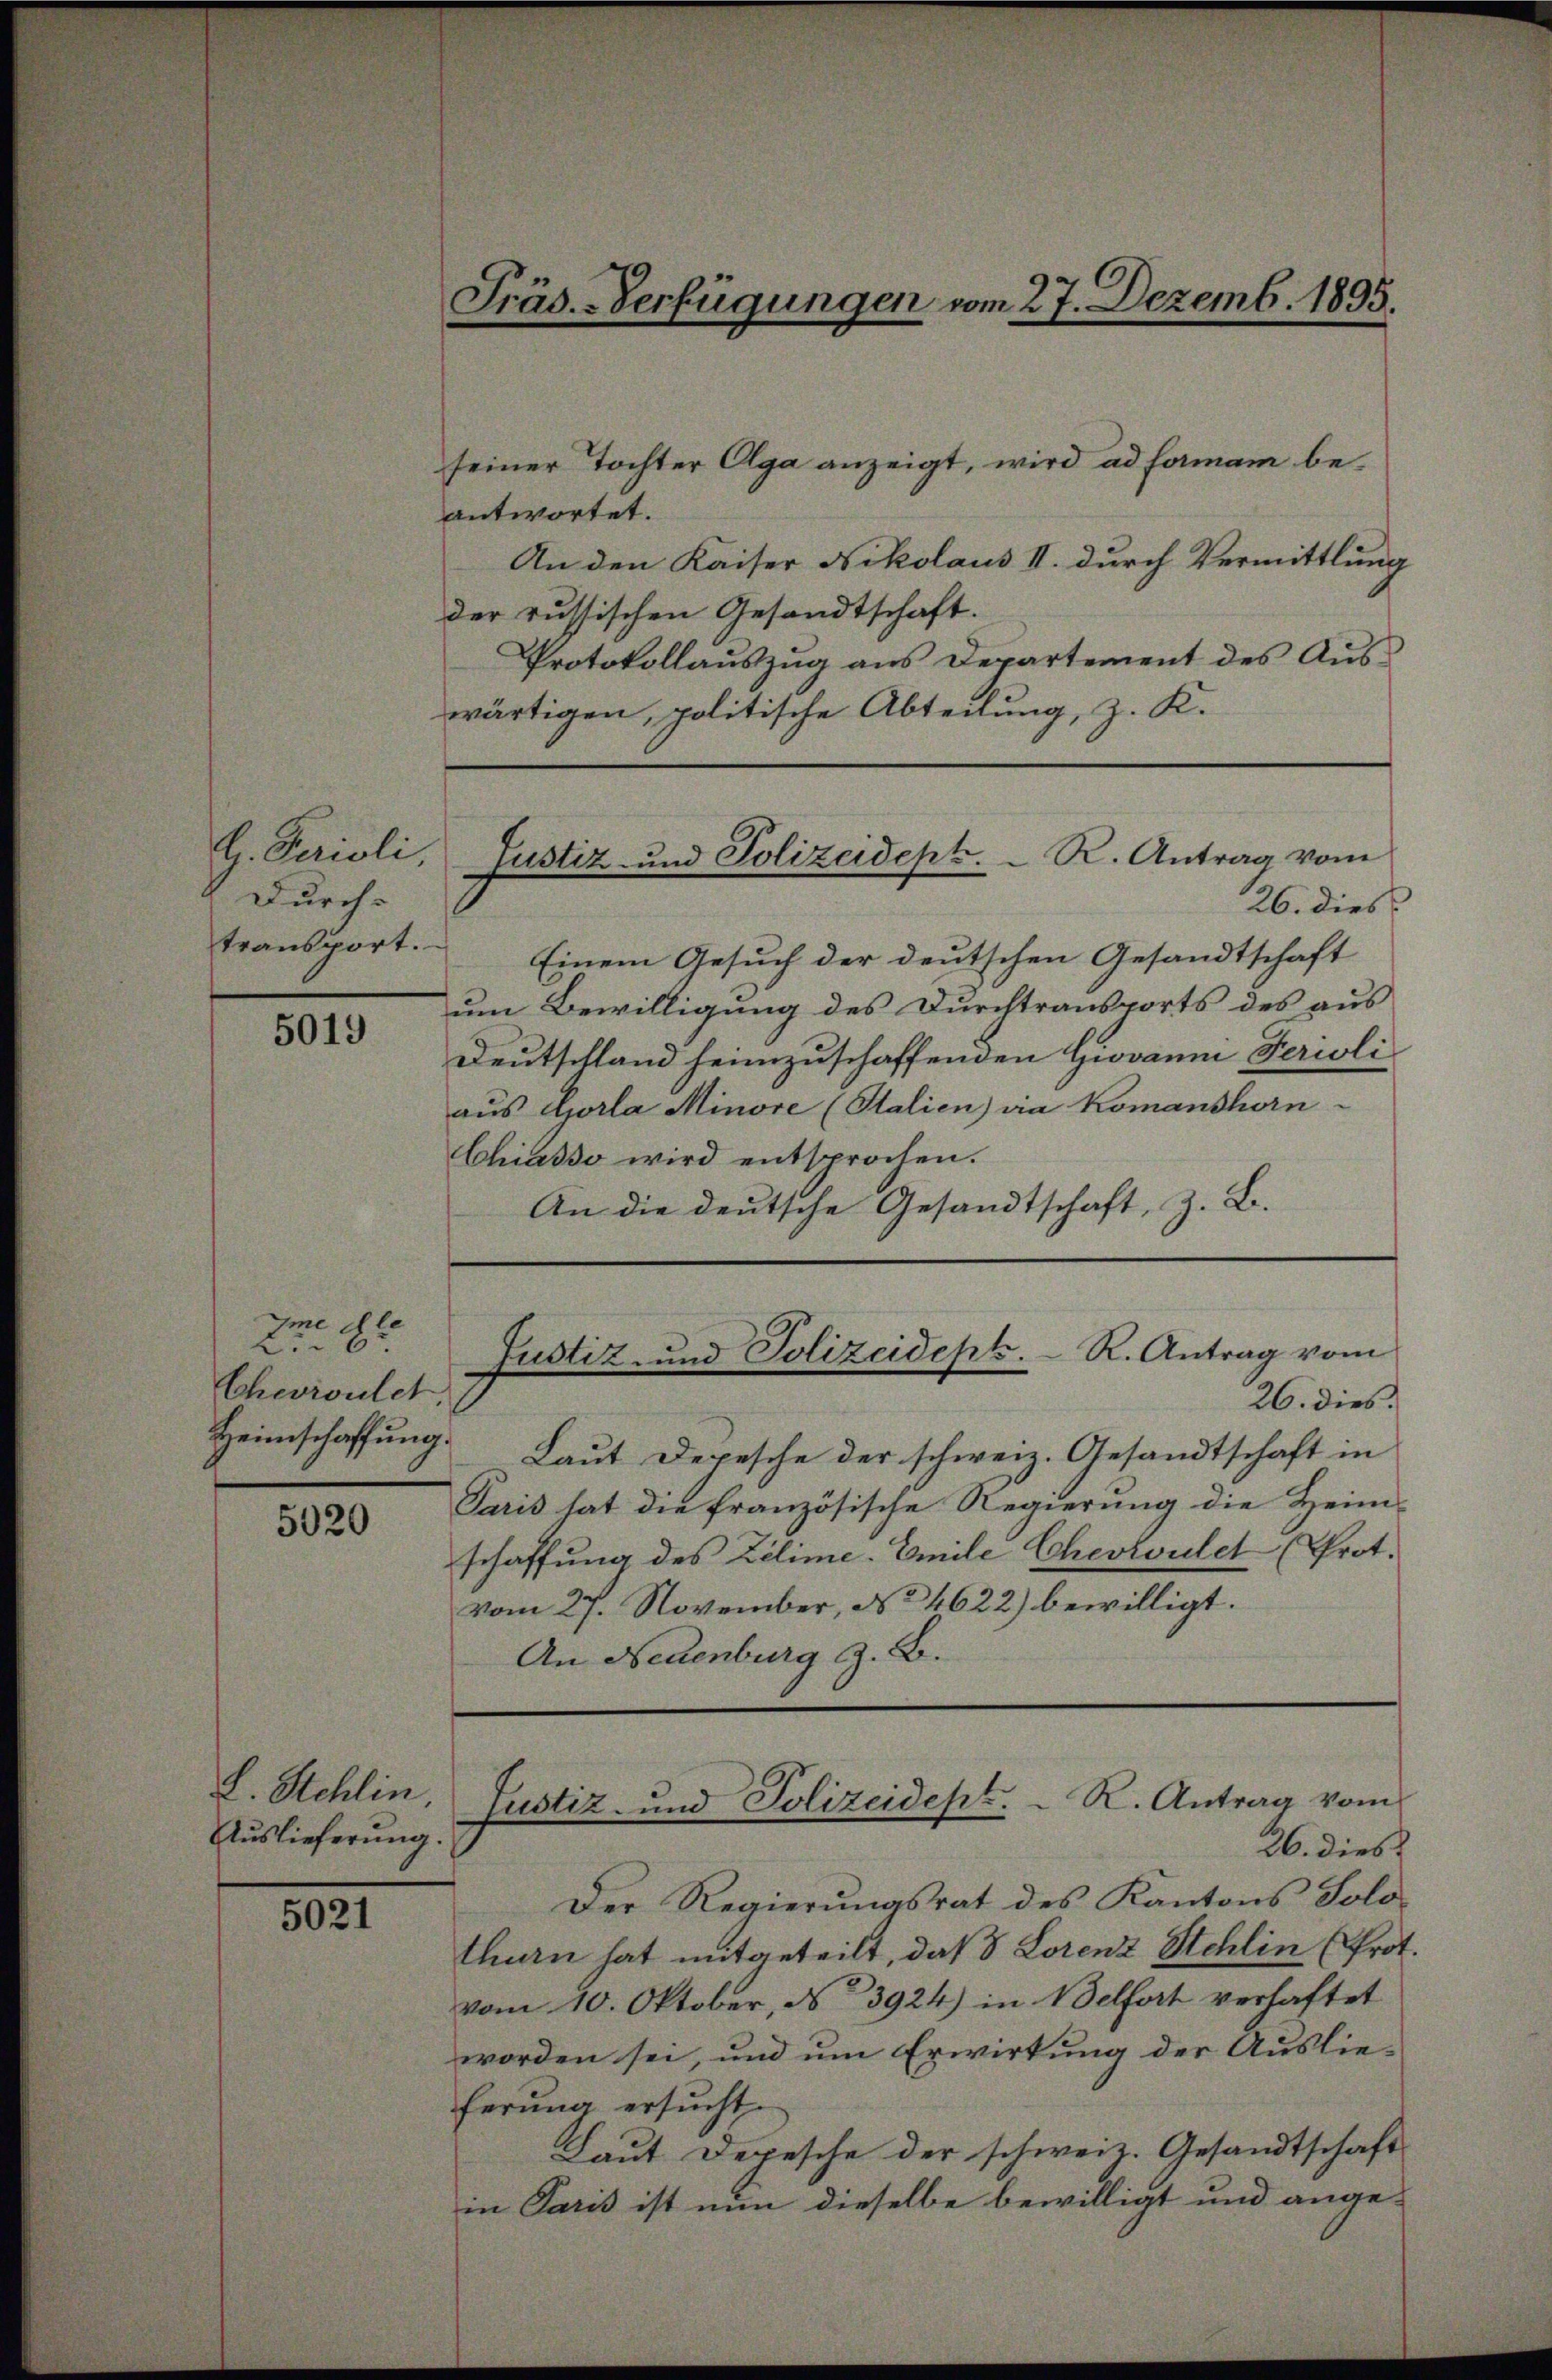
G. Perioli,
Durch-
transport.

5019

Ime de
26
Cheivulet

5020

L. Stehlin
Auslieferung.

5021

seiner Tochter Olga anzeigt, wird ad formam beantwortet.
An den Kaiser Nikolaus II. durch Vermittlung
der russischen Gesandtschaft.
Protokollauszug aus Departement des Auswärtigen, politische Abteilung, z. K.
26. dies
Einem Gesuch der deutschen Gesandtschaft
um Bewilligung des Durchtransports des aus
Deutschland heimzuschaffenden Giovanni Perioli
aus Gorla Minore (Stalien) via Komanshorn-
Chiasso wird entsprochen.
An die deutsche Gesandtschaft, z. B.
Justiz- und Polizeidept. R. Antrag vom
26. dies
Heimschaffŭng Laŭt Depesche der schweiz. Gesandtschaft in
Paris hat die französische Regierung die Heim-
schaffung des Zelime. Emile Cheviolet (Prot.
vom 27. November, No 4622) bewilligt.
An Neuenburg z. B.
Justiz- und Polizeidept. R. Antrag vom
26. dies
Der Regierungsrat des Kantons Solo-
thun hat mitgeteilt, daß 8 Lorenz Schlin (Prot.
vom 10. Oktober, No 3924) in Belfort verhaftet
worden sei, und um Erwirkung der Auslie-
ferung ersucht.
Laut Depesche der schweiz. Gesandtschaft
in Paris ist nun dieselbe bewilligt und ange-

Präs. Verfügungen vom 27. Dezemb. 1895.

Justiz- und Polizeidept. R. Antrag vom